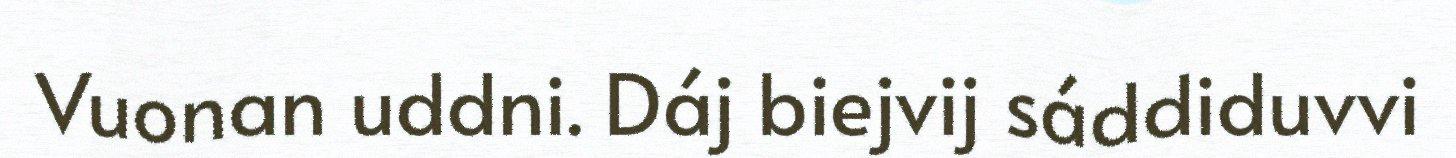
Vuonan uddni. Dáj biejvij sáddiduvvi